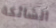
الشائكة